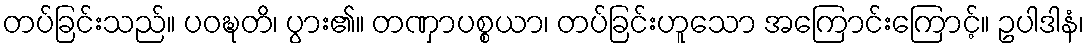
တပ်ခြင်းသည်။ ပဝဍ္ဎတိ၊ ပွား၏။ တဏှာပစ္စယာ၊ တပ်ခြင်းဟူသော အကြောင်းကြောင့်။ ဥပါဒါနံ၊